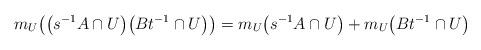
LaTeX: \begin{align*}m_U\big(\big(s^{-1}A \cap U\big)\big(Bt^{-1} \cap U\big)\big)= m_U\big(s^{-1}A \cap U\big) + m_U\big(Bt^{-1} \cap U\big) \end{align*}